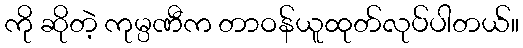
ကို ဆိုတဲ့ ကုမ္ပဏီက တာဝန်ယူထုတ်လုပ်ပါတယ်။